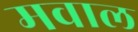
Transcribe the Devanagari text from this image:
मवाल